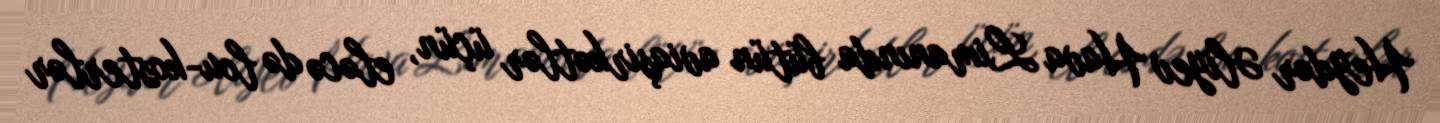
Heydər Əliyev Hava Limanında bütün aviaşirkətlər üçün, eləcə də lou-kosterlər